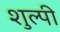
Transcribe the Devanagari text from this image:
शुल्पी